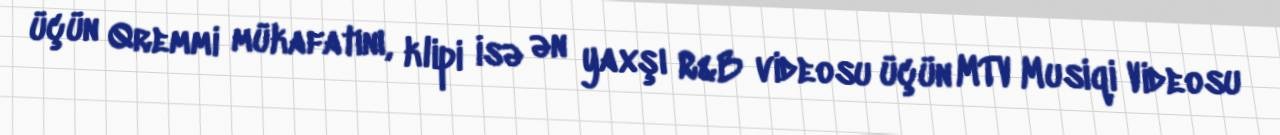
üçün Qremmi mükafatını, klipi isə ən yaxşı R&B videosu üçün MTV Musiqi Videosu